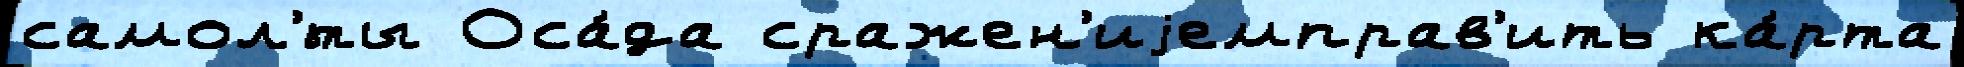
самол'́ты Оса́да сражен'иjемправ'ить ка́рта